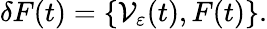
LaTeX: \delta F(t)=\{ \mathcal V_{\varepsilon}(t),F(t)\} .